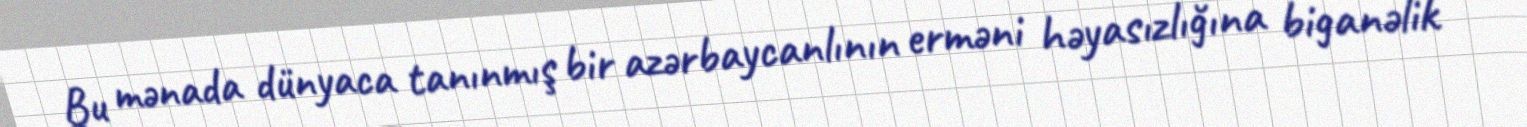
Bu mənada dünyaca tanınmış bir azərbaycanlının erməni həyasızlığına biganəlik